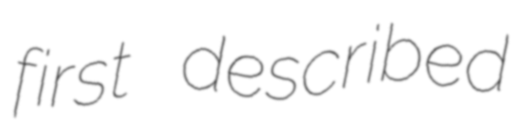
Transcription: first described